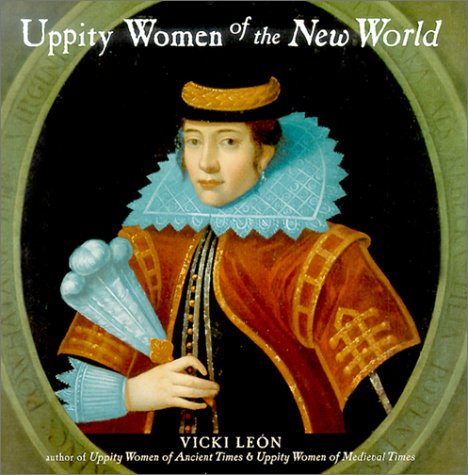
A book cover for Uppity Women of the New World; Vicki Leon; Politics & Social Sciences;